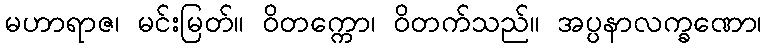
မဟာရာဇ၊ မင်းမြတ်။ ဝိတက္ကော၊ ဝိတက်သည်။ အပ္ပနာလက္ခဏော၊